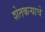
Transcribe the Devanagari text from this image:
शेतकऱ्याचे